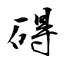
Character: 碍